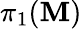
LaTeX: \pi_{1}(\mathbf{M})